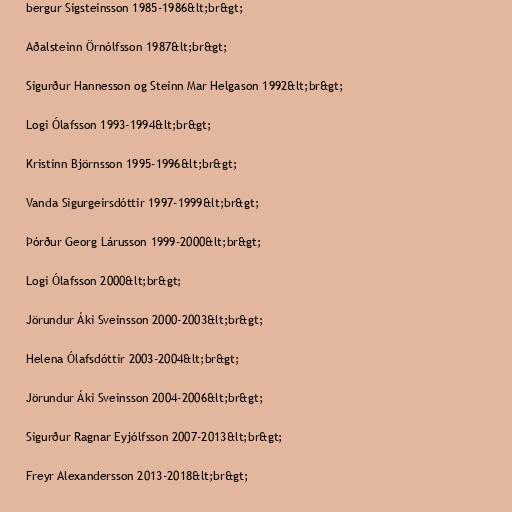
bergur Sigsteinsson 1985-1986&lt;br&gt;

Aðalsteinn Örnólfsson 1987&lt;br&gt;

Sigurður Hannesson og Steinn Mar Helgason 1992&lt;br&gt;

Logi Ólafsson 1993-1994&lt;br&gt;

Kristinn Björnsson 1995-1996&lt;br&gt;

Vanda Sigurgeirsdóttir 1997-1999&lt;br&gt;

Þórður Georg Lárusson 1999-2000&lt;br&gt;

Logi Ólafsson 2000&lt;br&gt;

Jörundur Áki Sveinsson 2000-2003&lt;br&gt;

Helena Ólafsdóttir 2003-2004&lt;br&gt;

Jörundur Áki Sveinsson 2004-2006&lt;br&gt;

Sigurður Ragnar Eyjólfsson 2007-2013&lt;br&gt;

Freyr Alexandersson 2013-2018&lt;br&gt;